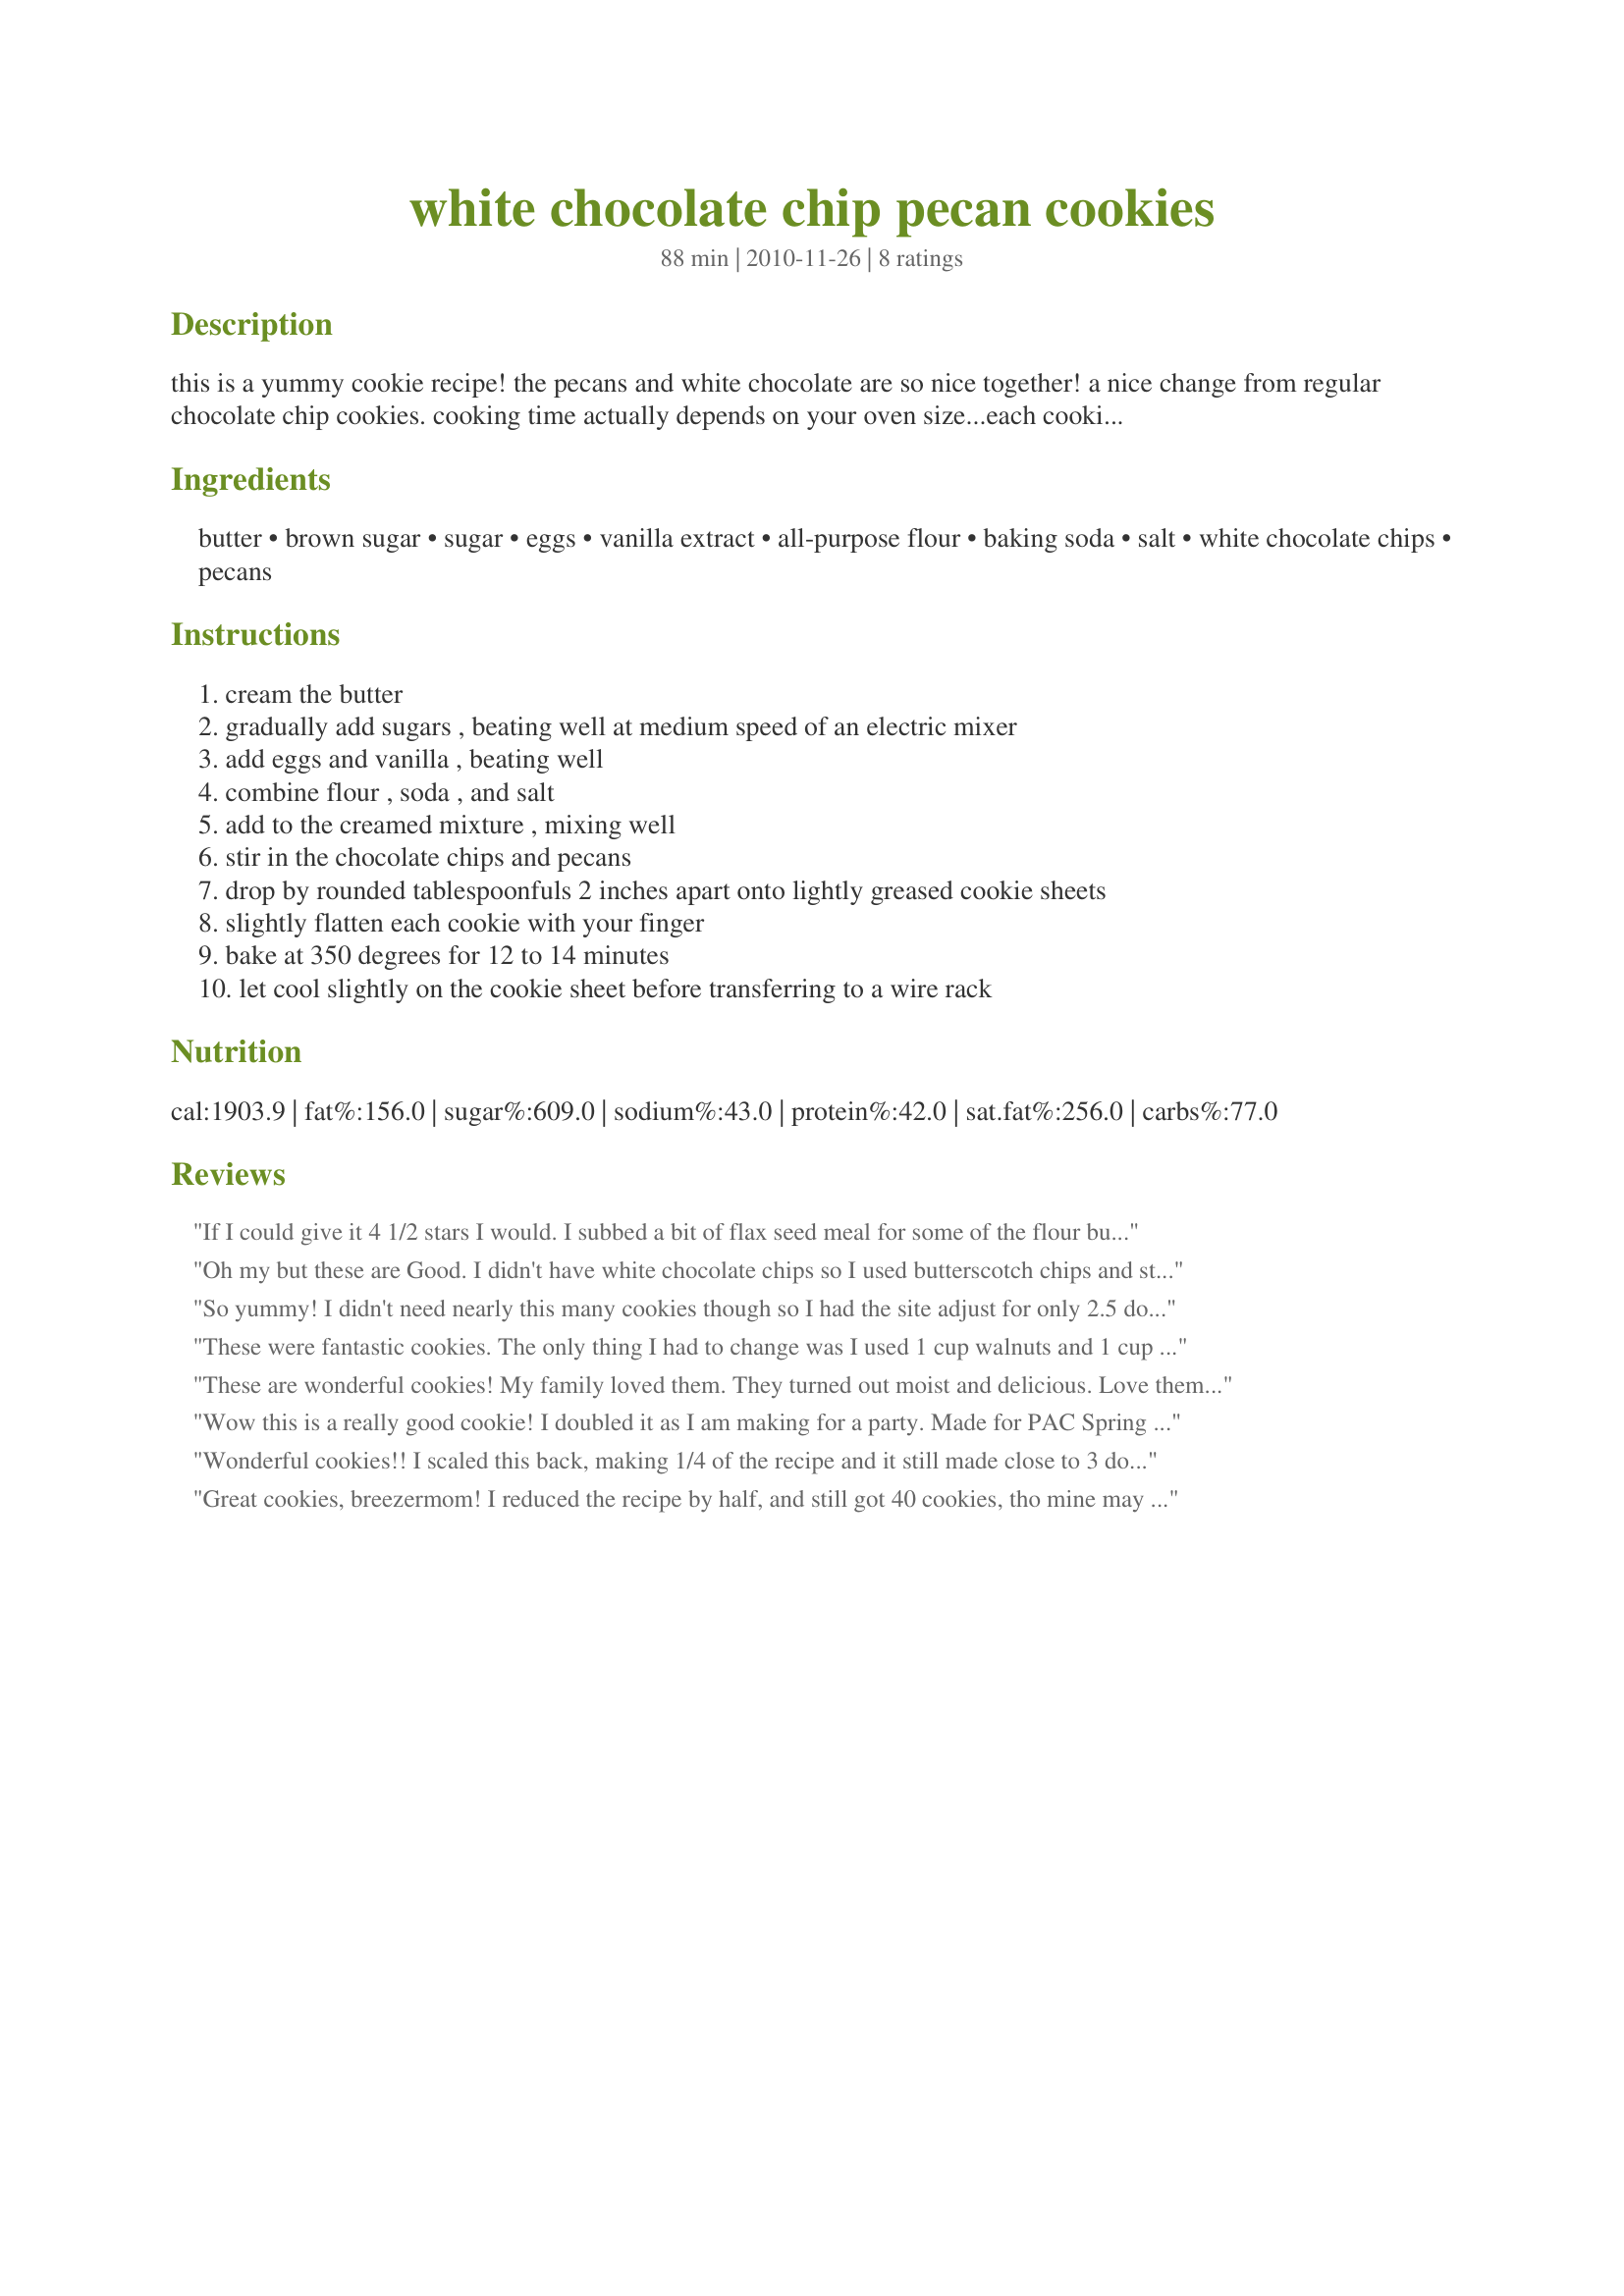
white chocolate chip pecan cookies
Preparation time: 88 minutes

this is a yummy cookie recipe! the pecans and white chocolate are so nice together! a nice change from regular chocolate chip cookies. cooking time actually depends on your oven size...each cookie sheet takes 12 minutes.

Ingredients:
butter, brown sugar, sugar, eggs, vanilla extract, all-purpose flour, baking soda, salt, white chocolate chips, pecans

Steps:
cream the butter, gradually add sugars , beating well at medium speed of an electric mixer, add eggs and vanilla , beating well, combine flour , soda , and salt, add to the creamed mixture , mixing well, stir in the chocolate chips and pecans, drop by rounded tablespoonfuls 2 inches apart onto lightly greased cookie sheets, slightly flatten each cookie with your finger, bake at 350 degrees for 12 to 14 minutes, let cool slightly on the cookie sheet before transferring to a wire rack

Reviews:
If I could give it 4 1/2 stars I would. I subbed a bit of flax seed meal for some of the flour but other than that made it exactly as written. It was an absolutely huge batch of cookies. After about 1/2 of the flour I had to mix it by hand because my hand mixer wouldn't do it. I have a Kitchenaid but when we moved I misplaced the paddle. :-( When we had cooked a couple dozen I added a bit more flour because we wanted taller cookies. I'd like to try them again with half chocolate/ half vanilla chips.
Oh my but these are Good. I didn't have white chocolate chips so I used butterscotch chips and still came up with wonderful cookies for DS's Christmas Goody Box. I made a 1/2 amount and got almost 3 dozen, mind you I didn't make them huge because I'll be packing them and I've found bigger ones to break more easily. When fresh from the oven they are soft and have that tender chewiness that is so good. Yum!
So yummy! I didn't need nearly this many cookies though so I had the site adjust for only 2.5 dozen cookies. This gave me a "1 egg" version. The only problem I had was the dough just had no stick to it so I drizzled just a bit of milk into the mixer till it looked like dough (couldn't have been more than a couple of teaspoons) and VOILA! Awesome "not chocolate" chip cookies for my mother who hates chocolate chips! :) Thanks!
These were fantastic cookies. The only thing I had to change was I used 1 cup walnuts and 1 cup pecans. Couldn't get to the store (snowed in) . Very soft and chewy. We enjoyed these and still are during the football games yesterday. Thank for this recipe. Have to keep this one. Made for PRMR tag.
These are wonderful cookies! My family loved them. They turned out moist and delicious. Love them with the pecans! Thanks for sharing.
Wow this is a really good cookie! I doubled it as I am making for a party. Made for PAC Spring 2012....glad I picked this one to do!
Wonderful cookies!! I scaled this back, making 1/4 of the recipe and it still made close to 3 dozen cookies. Loved the flavor combination of the white chocolate and pecans, compared to the normal chocolate chip cookies. Thanks for sharing the recipe.
Great cookies, breezermom! I reduced the recipe by half, and still got 40 cookies, tho mine may have been a bit small. When reducing this by half, it recommends 1 and 1/2 egg, so I used 1. It may have needed 2, as a few of the cookies were a bit crumbly, but that was totally my fault. And it did not affect the taste at all! They are scrumptious and going in my keeper file! :-) Thanks so much for sharing!
